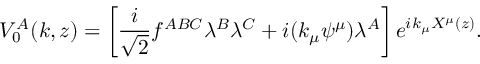
V _ { 0 } ^ { A } ( k , z ) = \left[ \frac { i } { \sqrt { 2 } } f ^ { A B C } \lambda ^ { B } \lambda ^ { C } + i ( k _ { \mu } \psi ^ { \mu } ) \lambda ^ { A } \right] e ^ { i k _ { \mu } X ^ { \mu } ( z ) } .